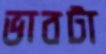
ভাবটা